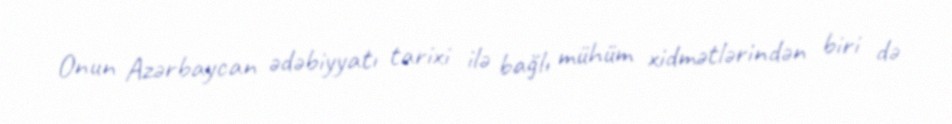
Onun Azərbaycan ədəbiyyatı tarixi ilə bağlı mühüm xidmətlərindən biri də